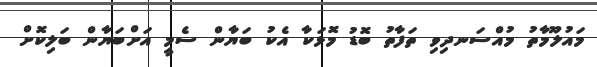
މައުލޫމާތު މުއްސަނދިވި ތަފާތު ބޮޑު މޮޅަކާ އެކު ބަޔާން ސެމީ އަށްބަޔާން ބަލިކޮށް